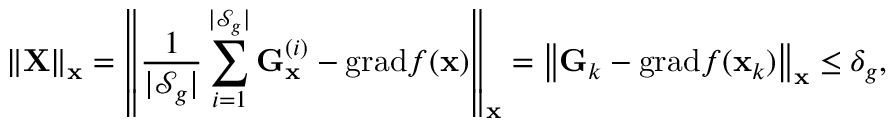
\| \mathbf { X } \| _ { \mathbf { x } } = \left\| \frac { 1 } { | \mathcal { S } _ { g } | } \sum _ { i = 1 } ^ { | \mathcal { S } _ { g } | } \mathbf { G } _ { \mathbf { x } } ^ { ( i ) } - \mathrm { g r a d } f ( \mathbf { x } ) \right\| _ { \mathbf { x } } = \left\| \mathbf { G } _ { k } - \mathrm { g r a d } f ( \mathbf { x } _ { k } ) \right\| _ { \mathbf { x } } \le \delta _ { g } ,